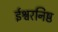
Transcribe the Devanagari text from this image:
ईश्वरनिष्ठ